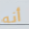
أنه